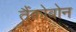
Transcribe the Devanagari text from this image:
तैंकोबोन